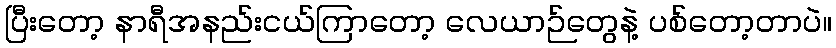
ပြီးတော့ နာရီအနည်းငယ်ကြာတော့ လေယာဉ်တွေနဲ့ ပစ်တော့တာပဲ။